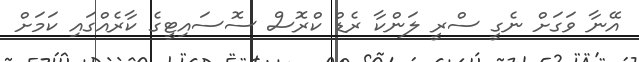
އޭނާ ވަގަށް ނެގީ ސްރީ ލަންކާ ރެޑް ކްރޮސް ސޮސައިޓީގެ ކާރެއްގައި ކަމަށް